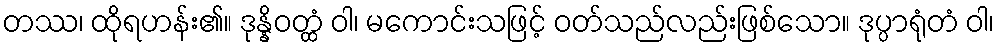
တဿ၊ ထိုရဟန်း၏။ ဒုန္နိဝတ္ထံ ဝါ၊ မကောင်းသဖြင့် ဝတ်သည်လည်းဖြစ်သော။ ဒုပ္ပာရုံတံ ဝါ၊